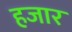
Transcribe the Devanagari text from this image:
हजार